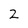
Character: 2